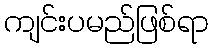
ကျင်းပမည်ဖြစ်ရာ